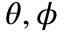
\theta , \phi